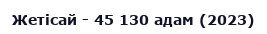
Жетісай - 45 130 адам (2023)